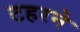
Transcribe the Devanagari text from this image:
टहरने